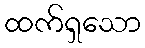
ထက်ရှသော